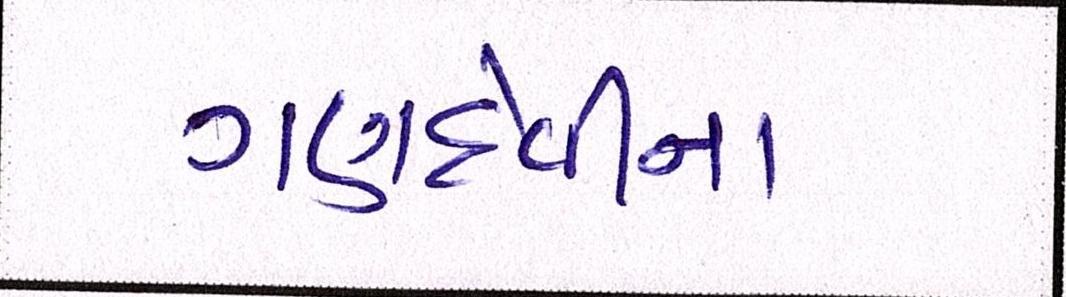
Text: ગણદેવીના